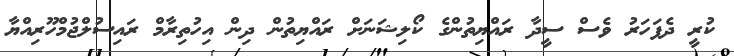
ކުރީ ދެފަހަރު ވެސް ސީދާ ރައްޔިތުންގެ ކޯލިޝަނަށް ރައްޔިތުން ދިން އިހުތިރާމް ރައިސުލްޖުމްހޫރިއްޔާ